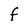
Character: F